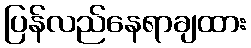
ပြန်လည်နေရာချထား